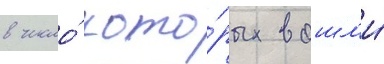
в число́ кото́рых вошл'и́